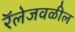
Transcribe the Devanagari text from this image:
रॅलेजवळील